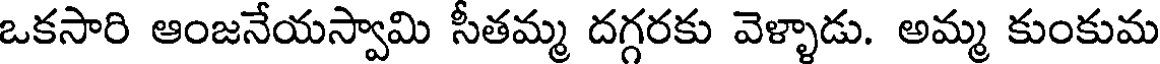
ఒకసారి ఆంజనేయస్వామి సీతమ్మ దగ్గరకు వెళ్ళాడు. అమ్మ కుంకుమ